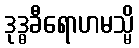
ဒုဒ္ဓခီရောဟမသ္မိ